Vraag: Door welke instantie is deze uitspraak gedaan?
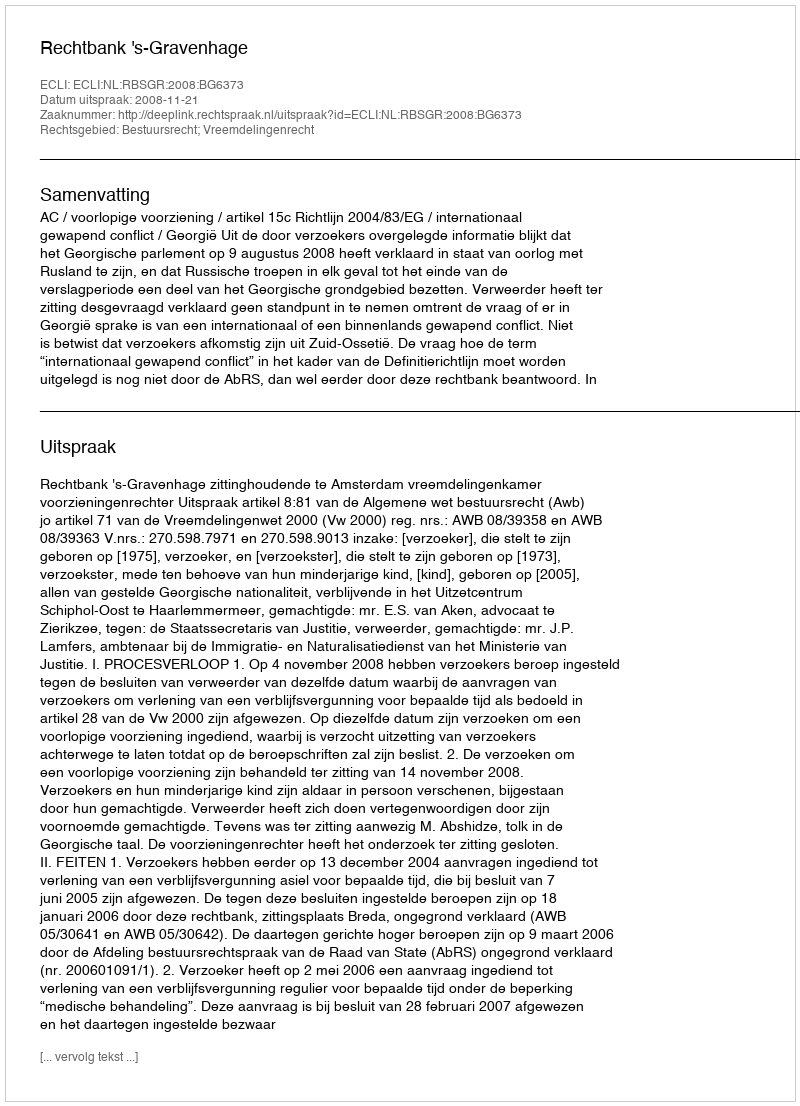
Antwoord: Rechtbank 's-Gravenhage